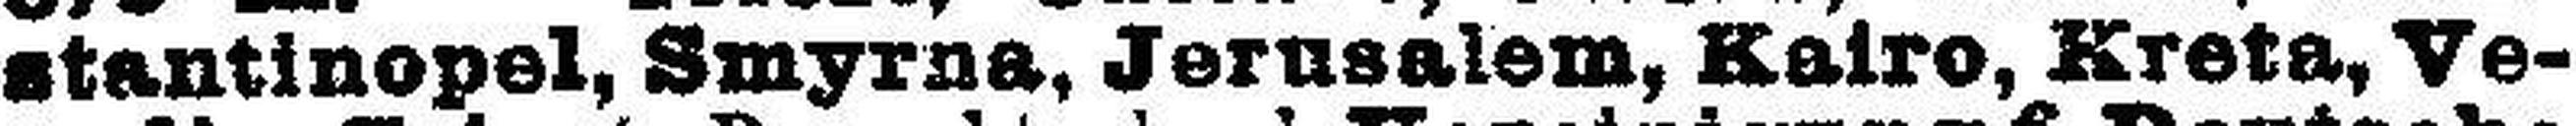
stantinopel, Smyrna, Jerusalem, Kairo, Kreta, Ve¬